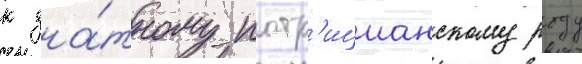
к зна́тному патр'ицианскому роду